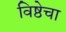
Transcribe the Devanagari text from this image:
विष्ठेचा